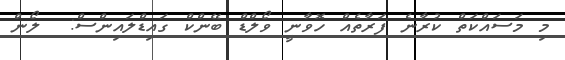
މި މަސައްކަތް ކުރާނެ ފަރާތެއް ހޮވާނީ ވޯލްޑް ބޭންކް ގައިޑްލައިންސް:  ލޯން